65_HS1-834228961_62-HQ-83894_Section_8
Agency: FBI
Page 136
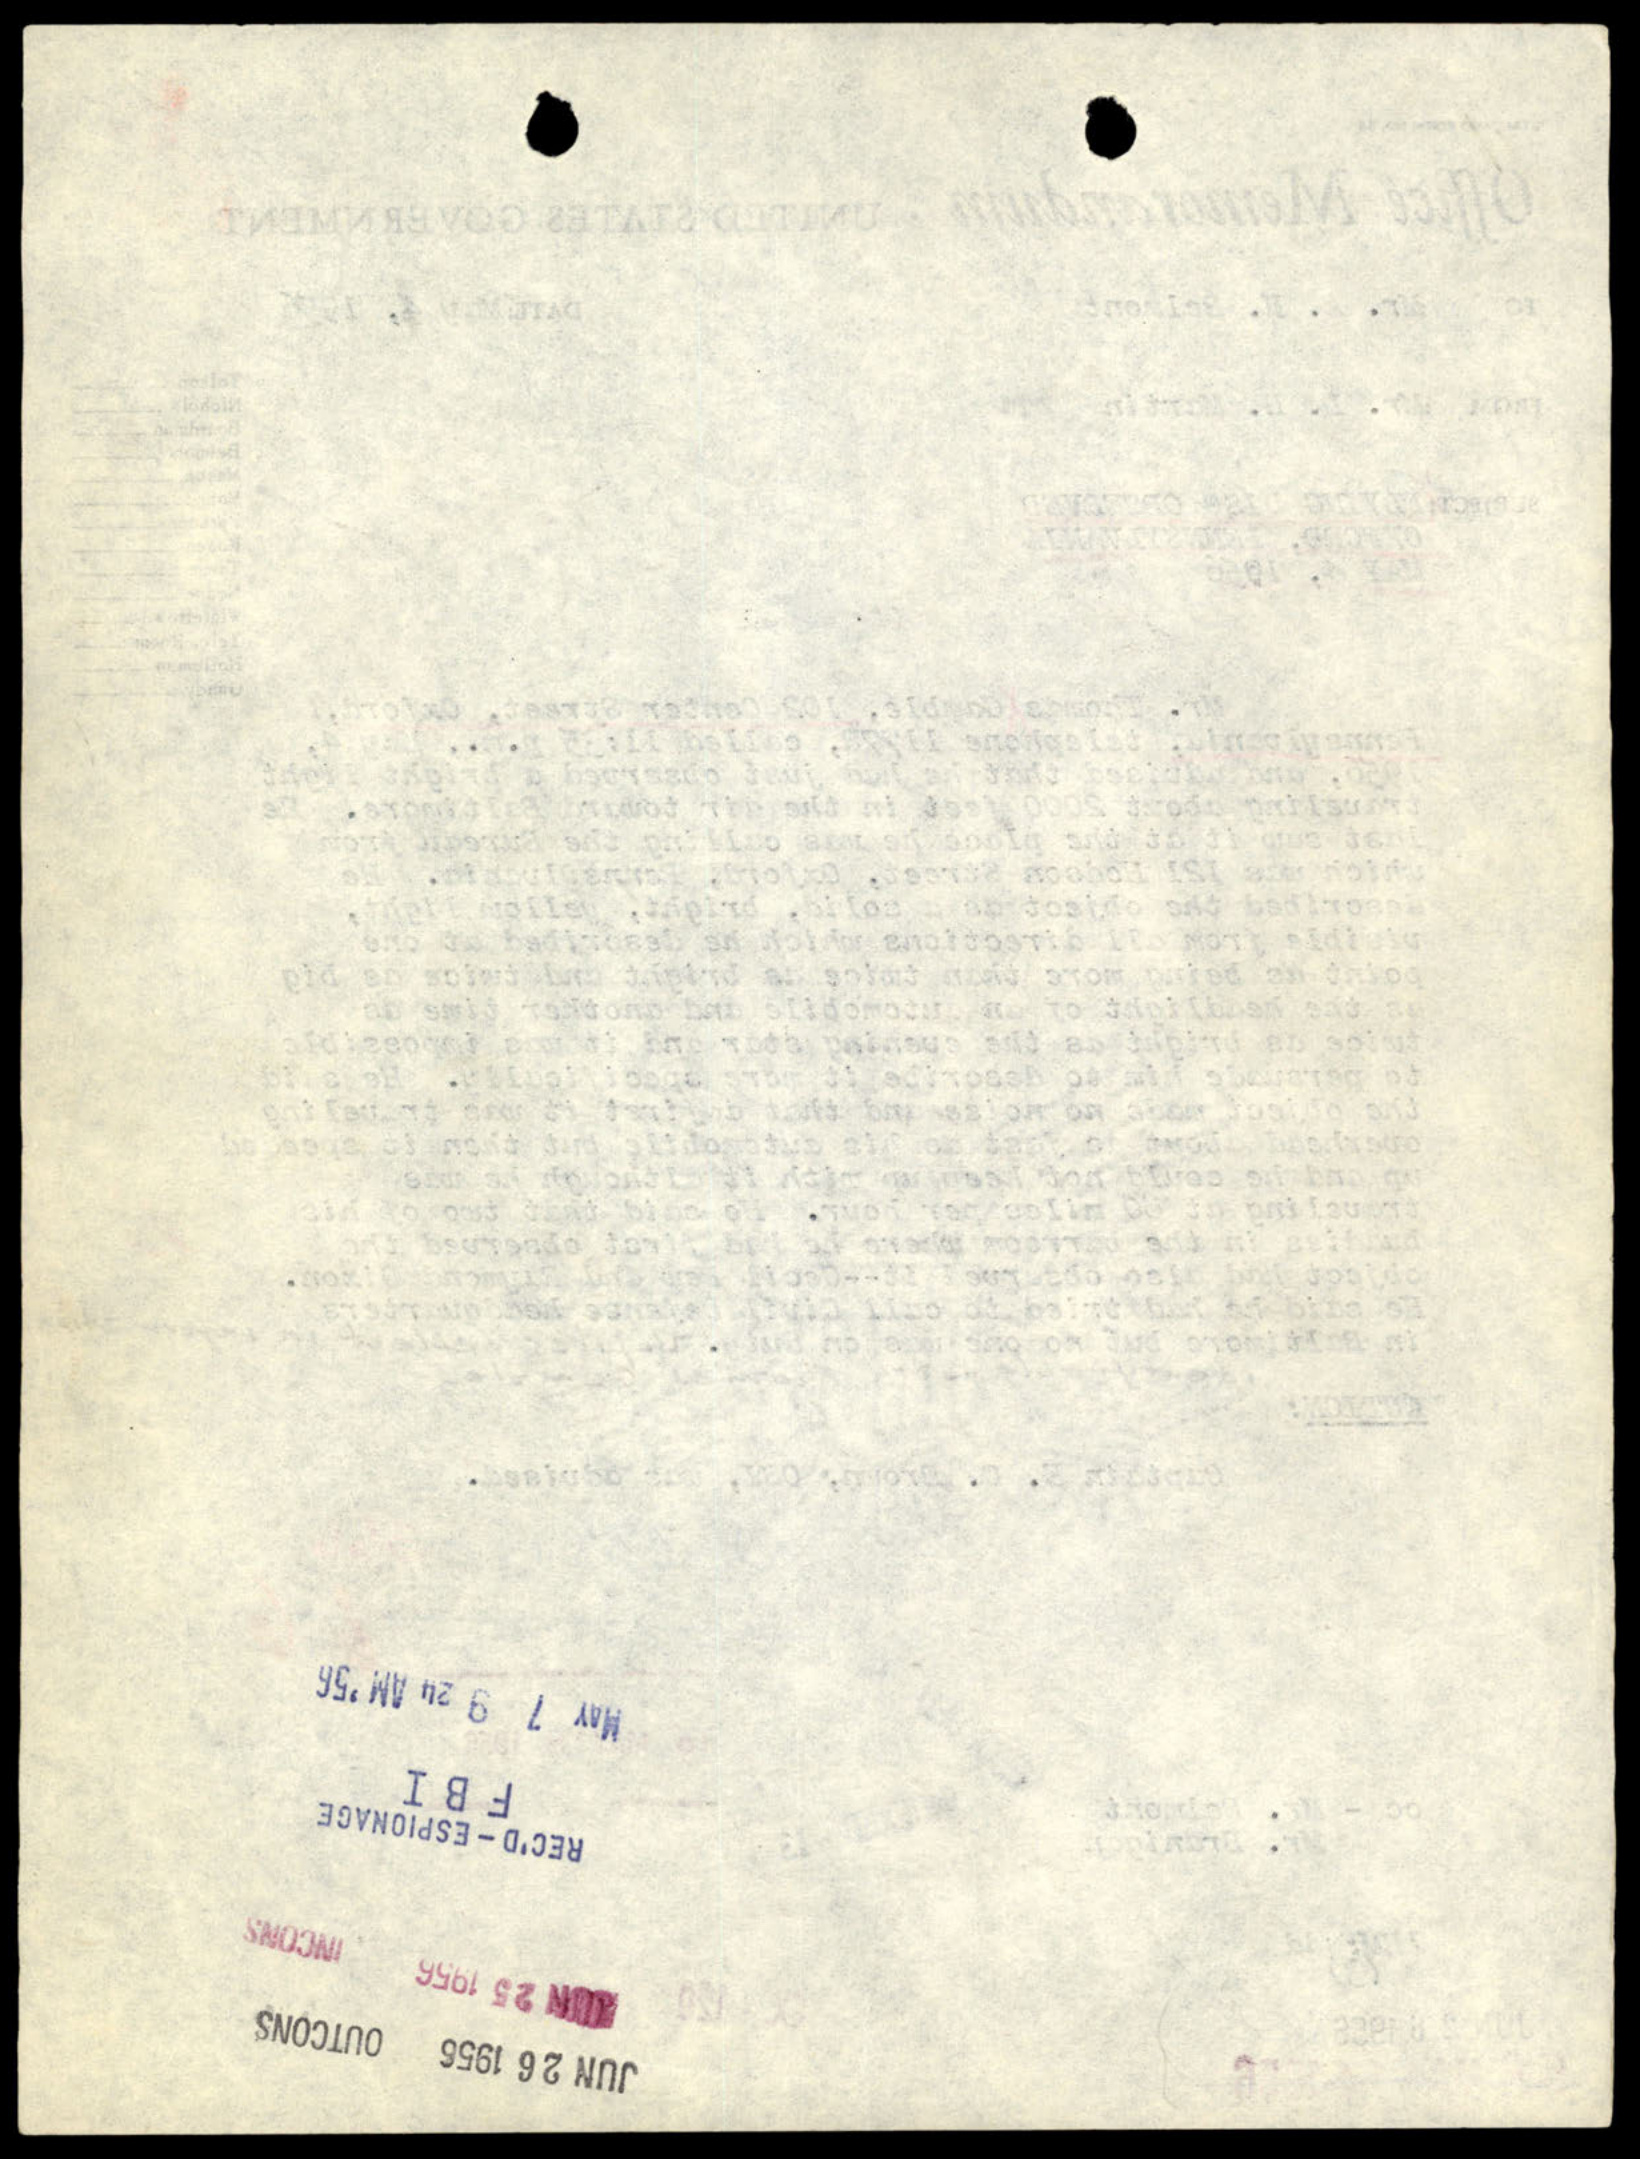